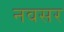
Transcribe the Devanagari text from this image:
नवसर